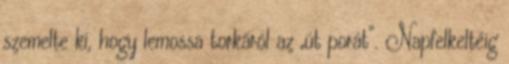
szemelte ki, hogy lemossa torkáról az „út porát”. Napfelkeltéig